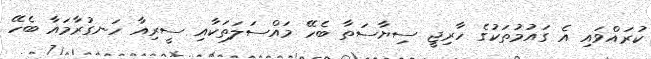
ކުރައްވައި އެ ގައުމުތަކުގެ ހާރިޖީ ސިޔާސަތާ ބެހޭ މައްސަލަތަކާއި ސީރިއާ ހަނގުރާމައާ ބެހޭ